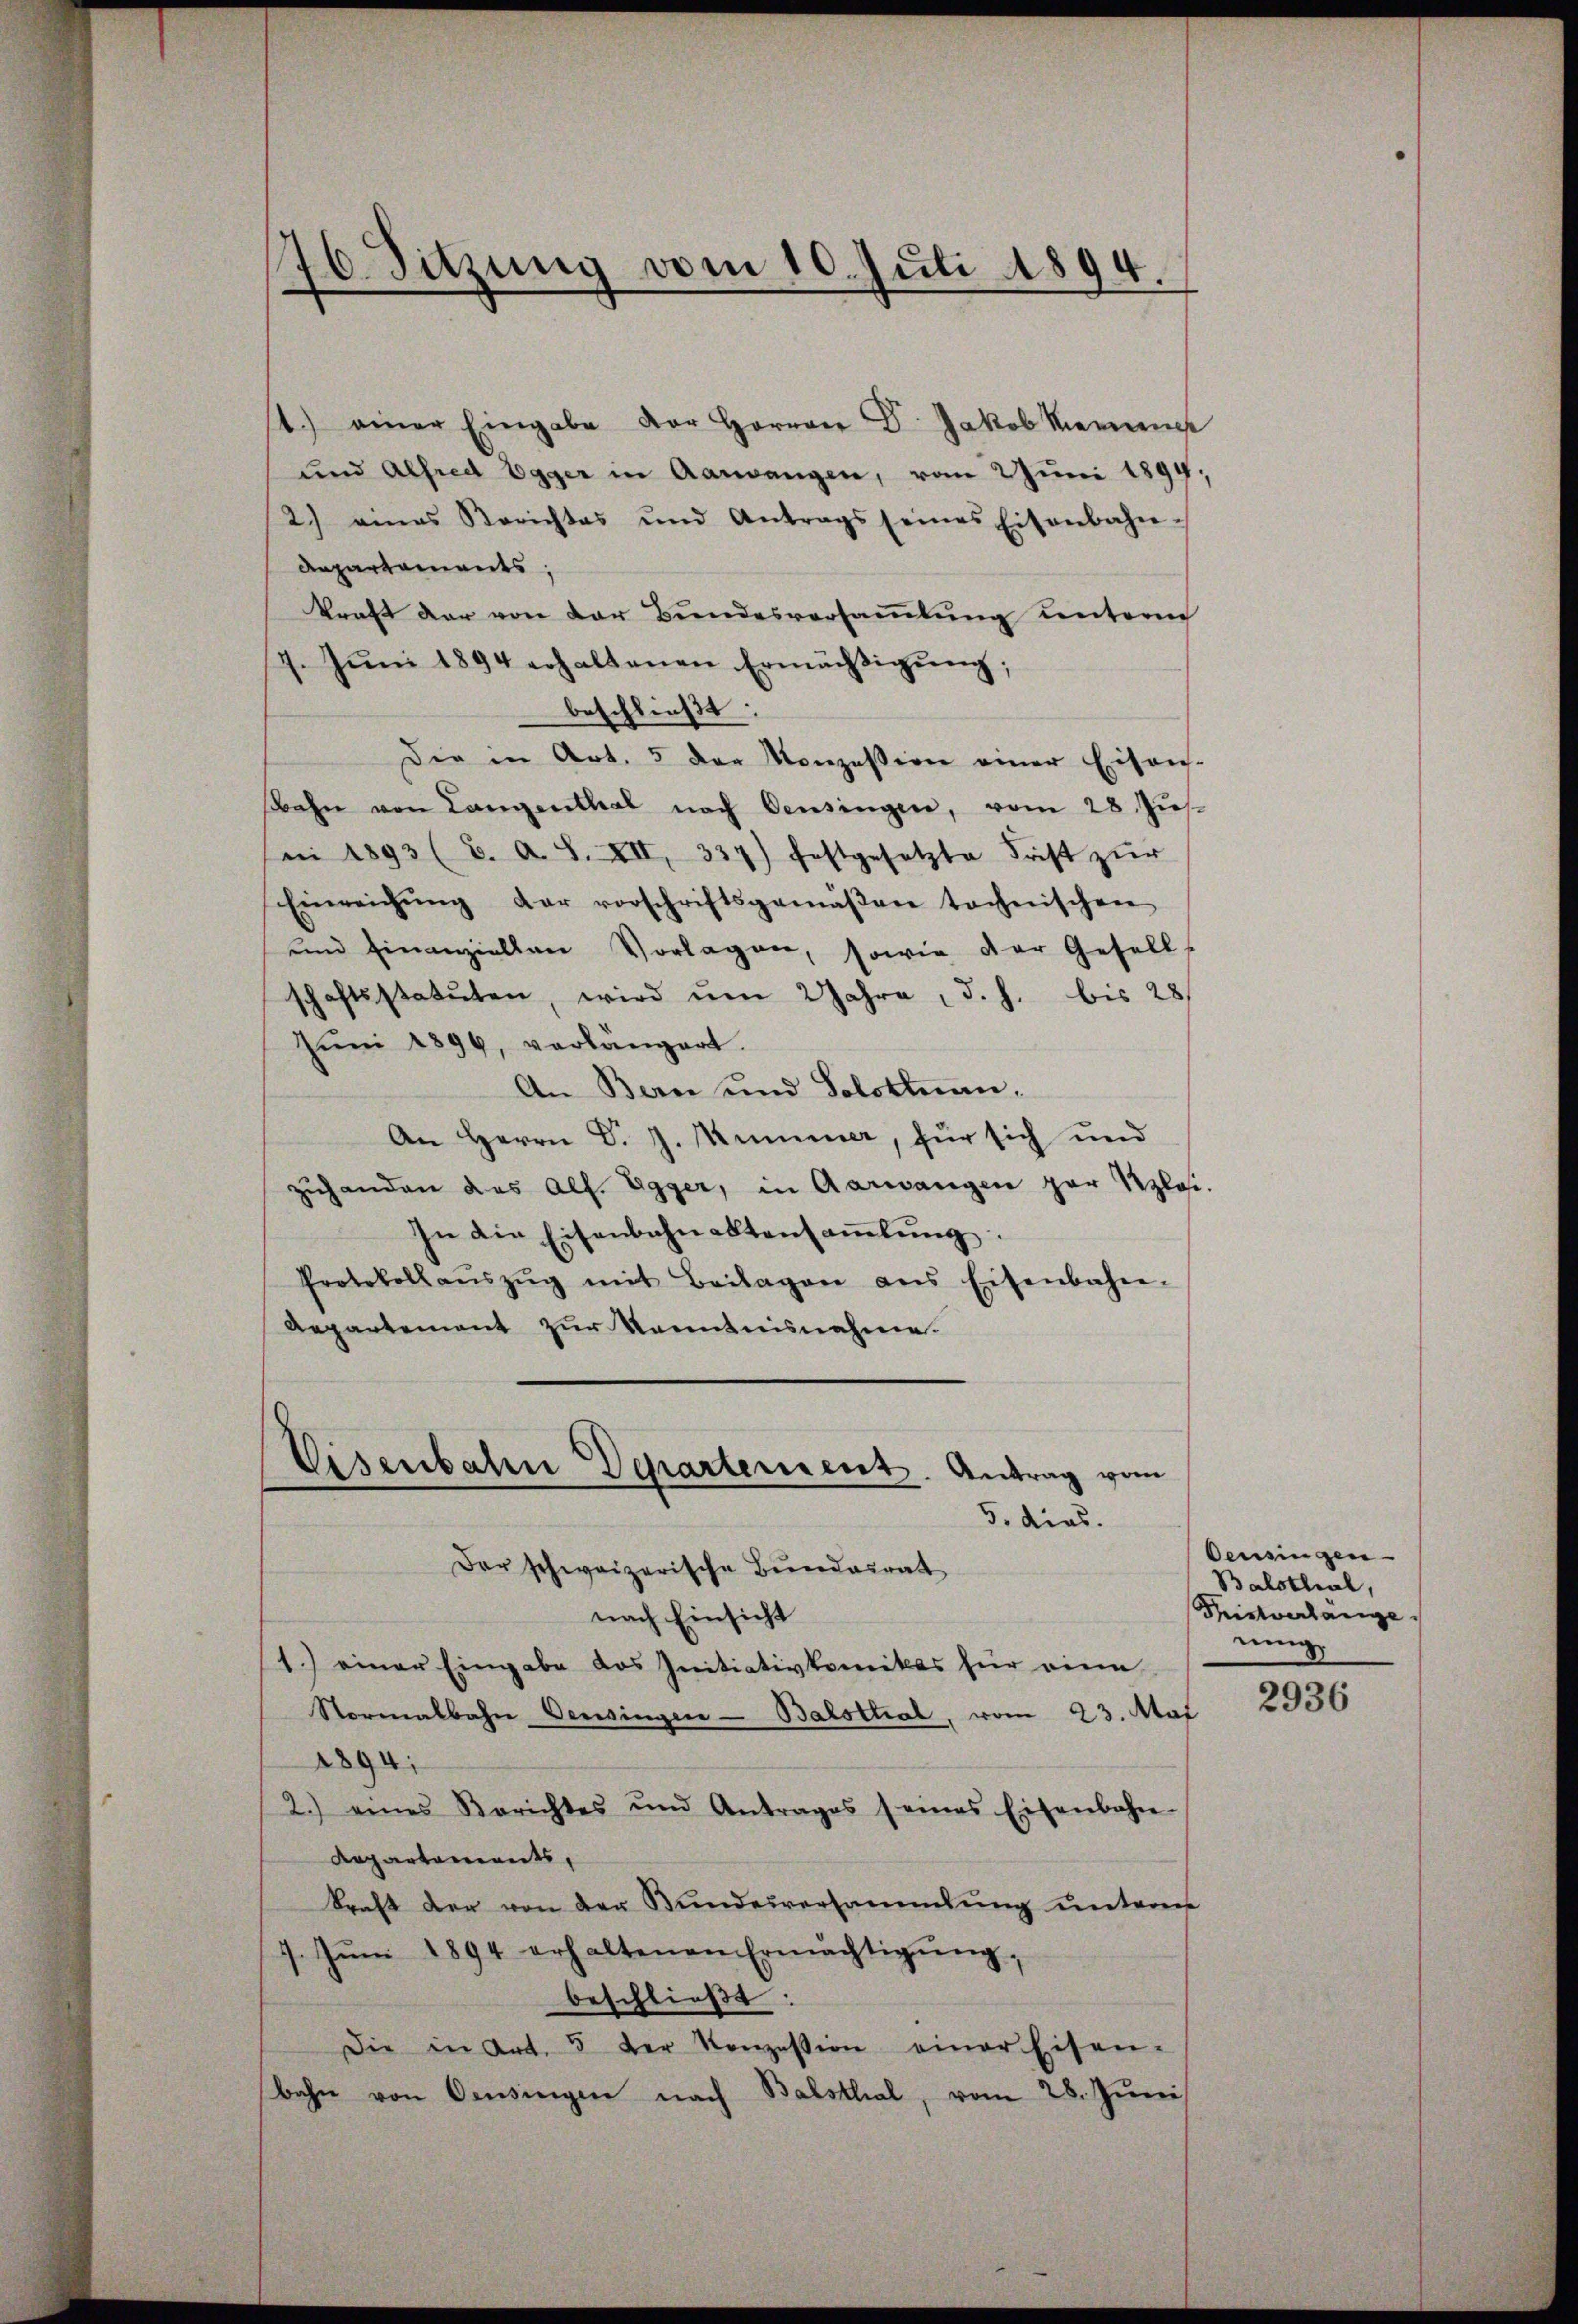
16. Sitzung vom 10. Juli 1894.

1) einer Eingabe der Herrn Dr. Jakob Meinen
und Alfred Egger in Aarwangen, vom 2 Juni 1894;
2.) eines Berichtes und Antrags seines Eisenbahn-
Repartaments,
kraft der von der Bundesversammlung unterm
7. Jŭni 1894 erhaltenen Ermächtigŭng,
beschließt:
Die in Art. 5 der Konzession einer Eisen-
ahn von Langenthal nach Pensingen, vom 28. Jŭs.
ni 1893 (2. A. S. XII, 337) festgesetzte Frist zŭr
Einreichŭng der vorschriftsgemäβen tochnischen
und einanziellen Vorlagen, sowie der Gesell
schaftsstatuten, wird ŭm 2 Jahre, d. h. bis 28/
Jŭni 1899, verlangert.
An Bern und Solottnau,
An Herrn D. J. Kummer, für sich und
zŭhanden das Alf. Egger, in Aarwangen zur Klei-
In die Eisenbahnaktensaṁlŭng
Protokoll aŭszŭg mit Beilagen ans Eisenbahn-
Aepartement zur Kenntnisnahme.

Eisenbahn Departement. Antrag vom
5. dies.
Der schweizerische Bundesrat

nach Einsicht
1.) einer Eingabe das Initiativkomikas für eine
Normalbahn Pensinger-Balsthal, vom 23. Mai
1894;
2.) eines Berichtes und Antrages seines Eisenbahn-
Repartements,
kraft der von der Bundesversammlung unteren
7. Jŭni 1894 erhaltenen Ermächtigŭng,
beschließt:
Die in Art. 5 der Konzession einer Eisen-
bahn von Censingen nach Balsthal, vom 28. Juni

Oensingen
Balsthal,
Tristverlänge.
nung

2936